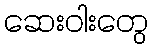
ဆေးဝါးတွေ